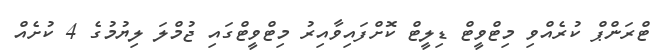
ޓްރަންޕް ކުރެއްވި މިޓްވީޓް ޑިލީޓް ކޮށްފައިވާއިރު މިޓްވީޓްގައި ޖުމްލަ ލިޔުމުގެ 4 ކުށެއް